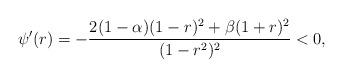
LaTeX: \begin{align*}\psi '(r)&= - \dfrac{2(1-\alpha)(1-r)^2+\beta(1+r)^2}{(1-r^2)^2}<0,\end{align*}